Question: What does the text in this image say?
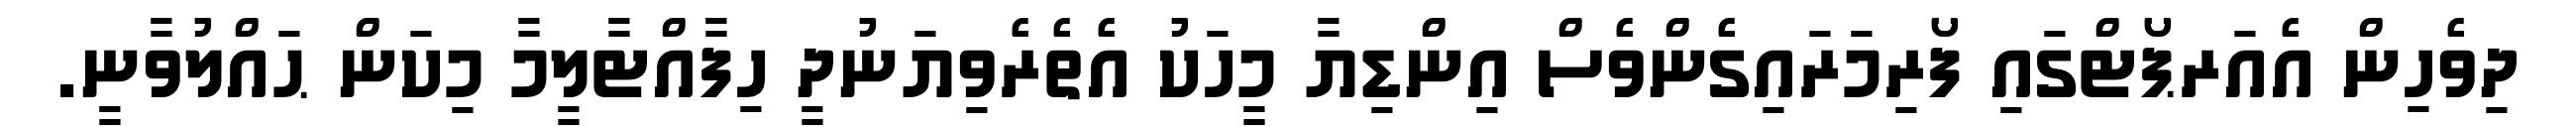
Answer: ދިވެހިން އެއަރޕޯޓްގައި ފޯރިމަރައިގެންވެސް އިންޑިޔާ މީހަކު އެތެރެވިޔަނުދީ ހިފާއްޓާލީމާ މިކަން ޙައްލުވާނީ.